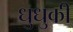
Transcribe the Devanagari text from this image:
धुधुकी